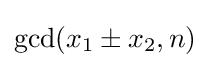
\gcd(x_{1}\pm x_{2},n)